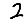
Digit: 2